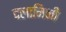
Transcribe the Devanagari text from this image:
दलामिनी